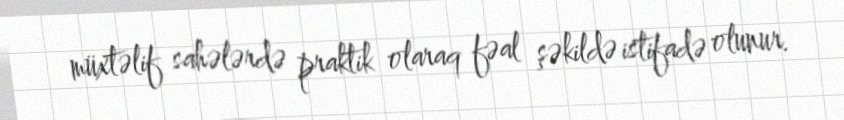
müxtəlif sahələrdə praktik olaraq fəal şəkildə istifadə olunur.